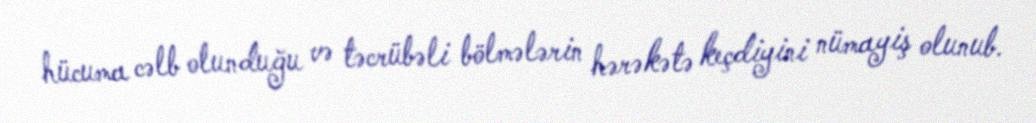
hücuma cəlb olunduğu və təcrübəli bölmələrin hərəkətə keçdiyini nümayiş olunub.